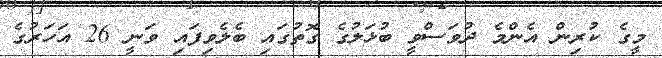
މީގެ ކުރިން އެންމެ ދުވަސްވީ ބުޅަލުގެ ގޮތުގައި ބެލެވިފައި ވަނީ 26 އަހަރުގެ